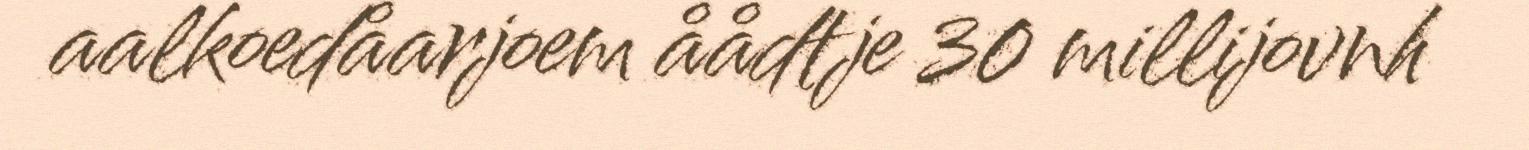
aalkoedåarjoem åådtje 30 millijovnh